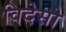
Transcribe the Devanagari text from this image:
विदेसो